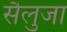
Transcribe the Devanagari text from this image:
सैलुजा